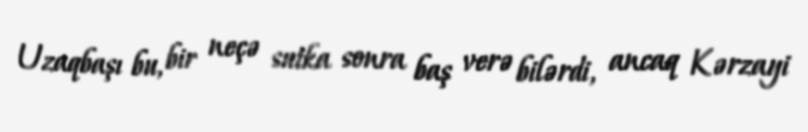
Uzaqbaşı bu, bir neçə sutka sonra baş verə bilərdi, ancaq Kərzayi